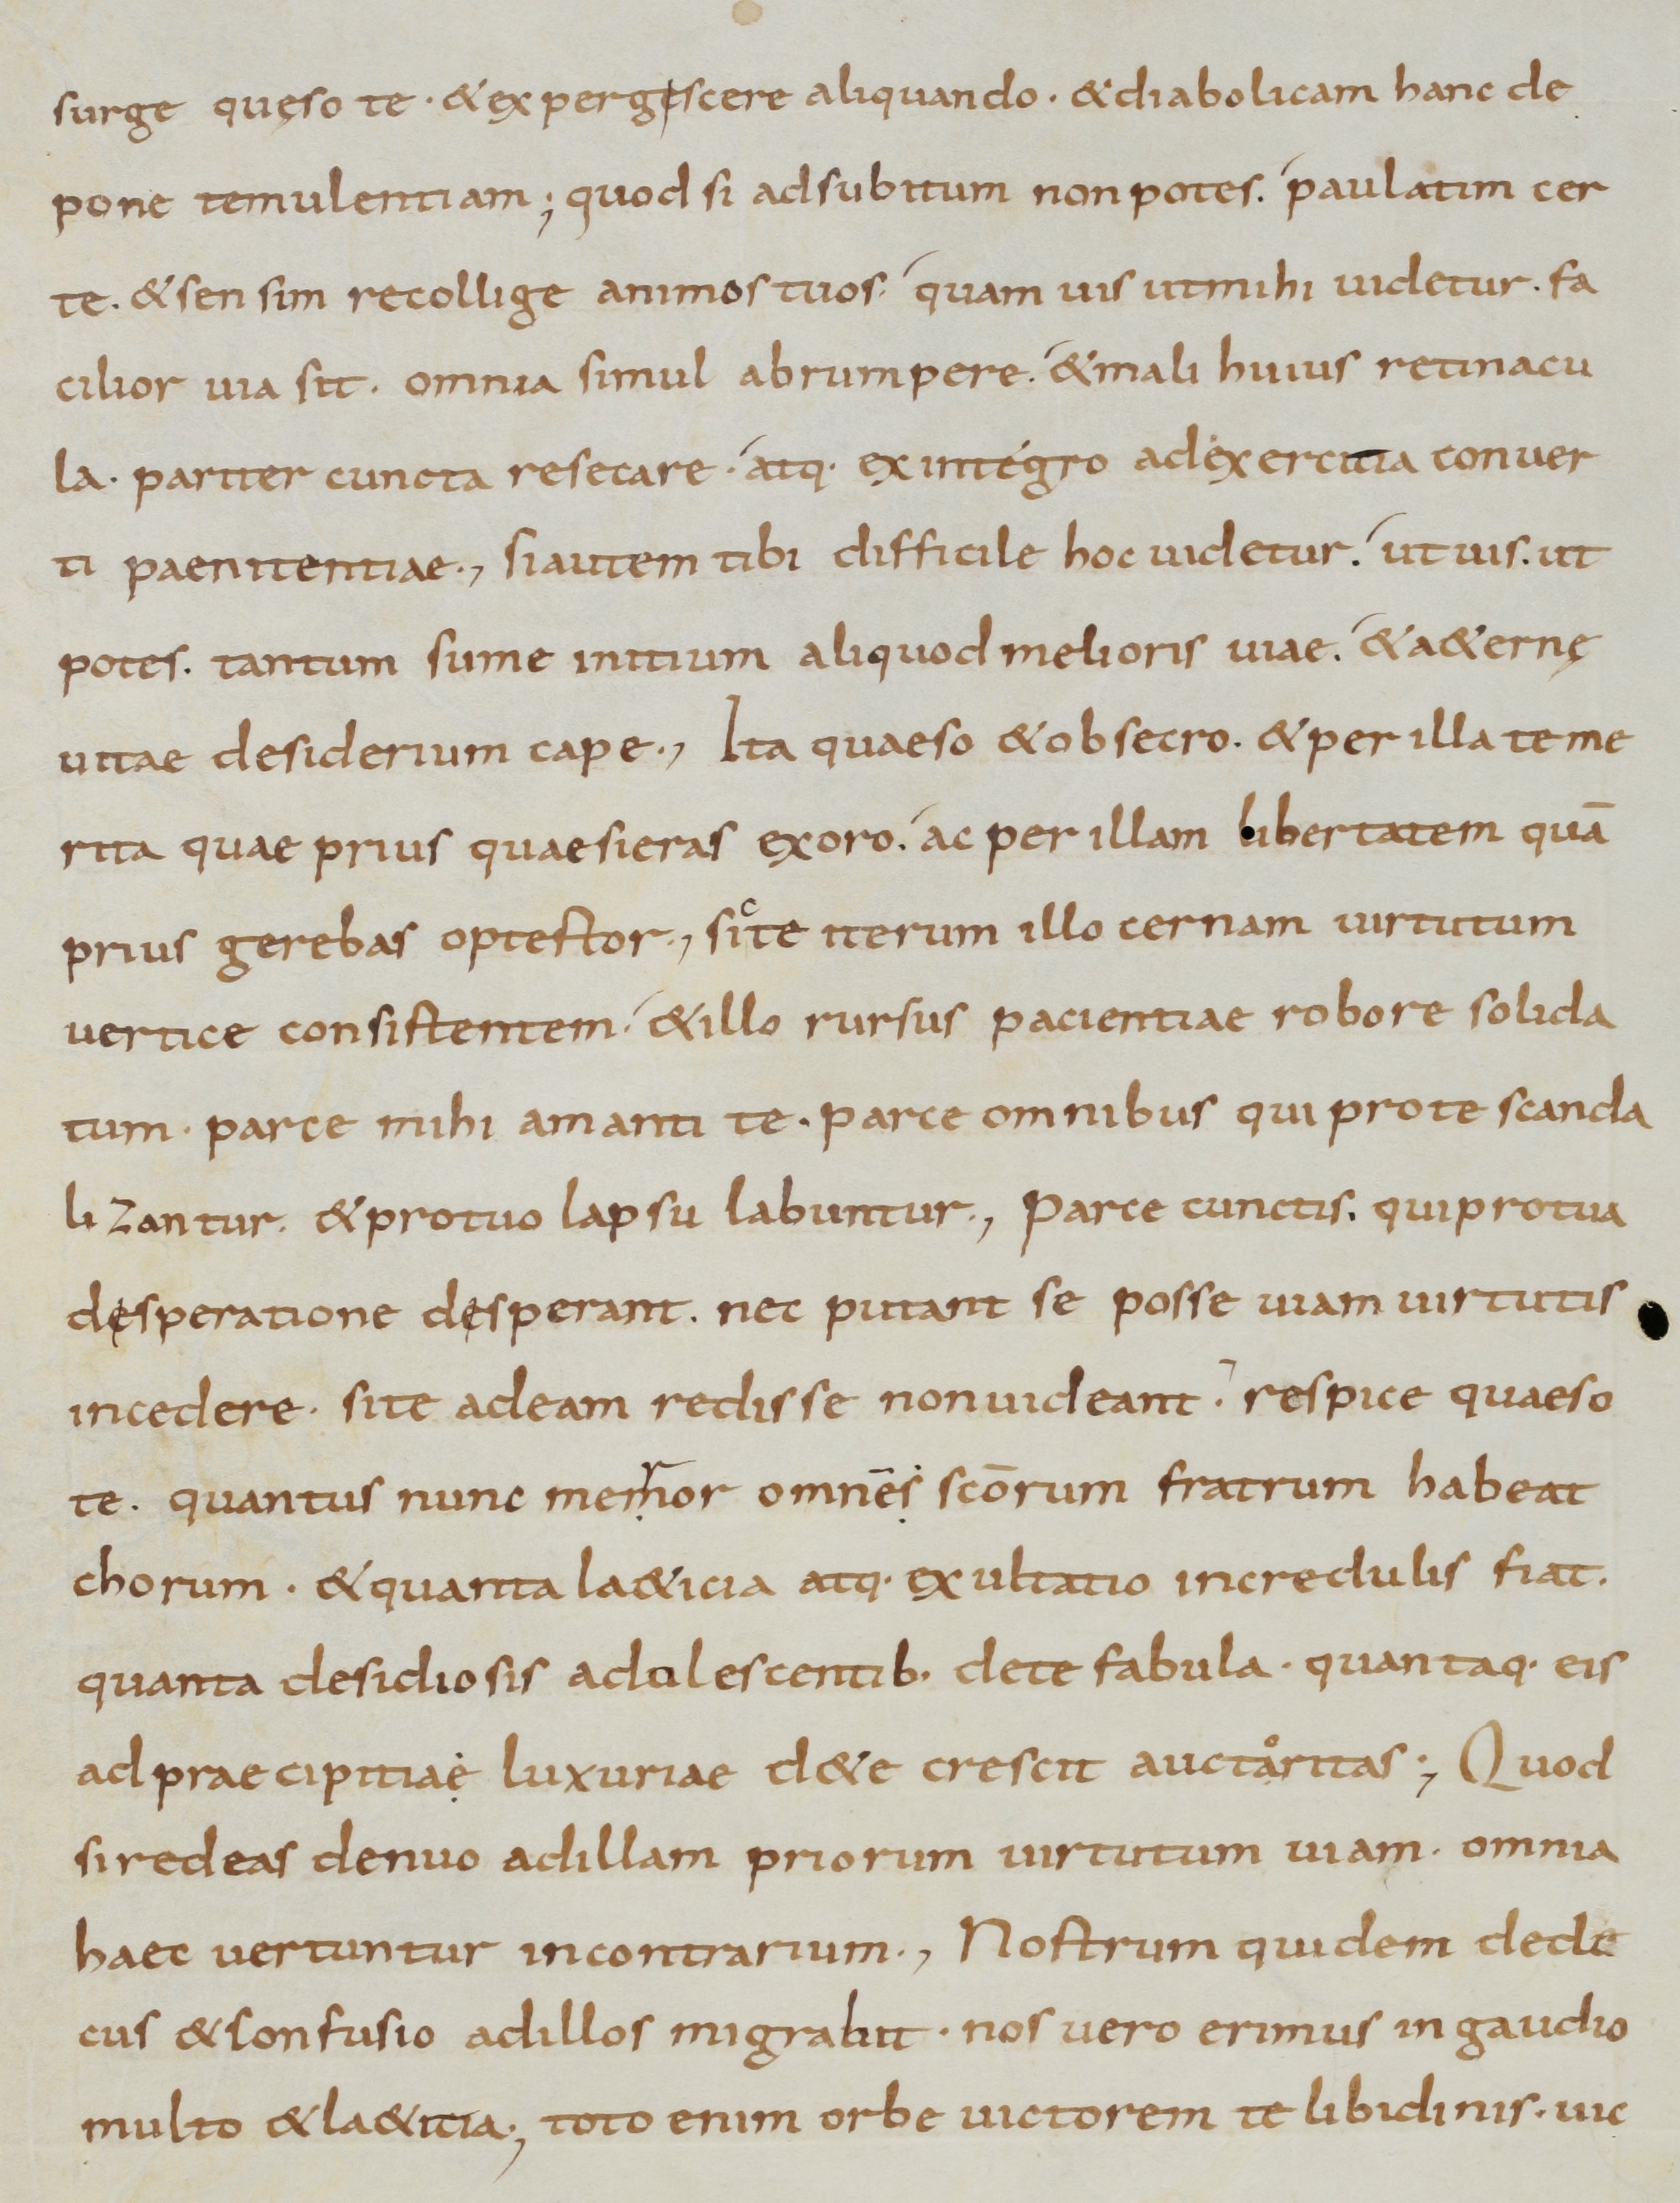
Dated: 800–899